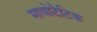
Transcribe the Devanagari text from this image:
मायोटैटिक